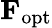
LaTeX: \mathbf{F}_{\mathrm{opt}}